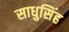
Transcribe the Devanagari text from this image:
साधुसिंह